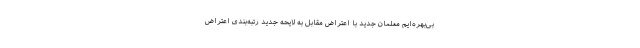
بی‌بهره‌ایم معلمان جدید با اعتراض مقابل به لایحه جدید رتبه‌بندی اعتراض